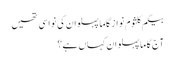
بیگم کلثوم نواز گاما پہلوان کی نواسی تھیں
آج گاما پہلوان کہاں ہے؟